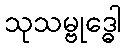
သုသမ္ဗုဒ္ဓေါ